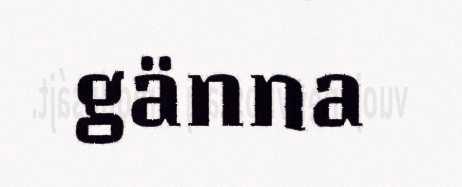
gänna